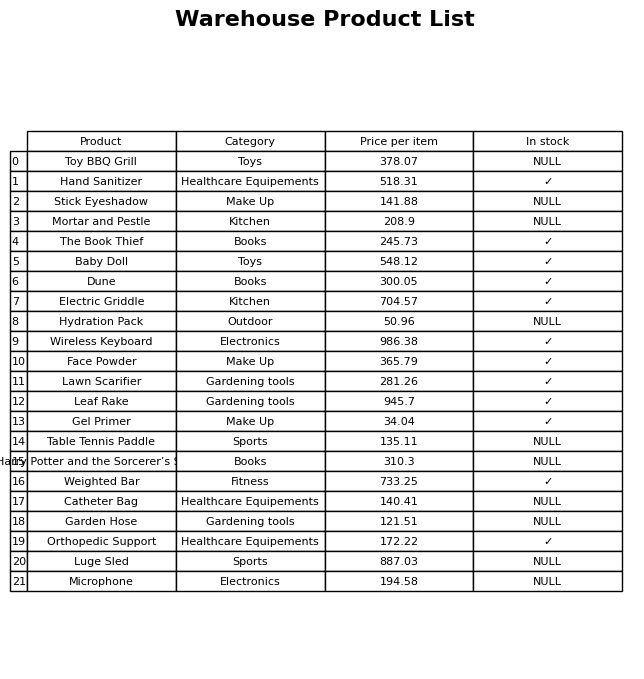
question: What is the price of the Garden Hose?
answer: The price of Garden Hose is 121.51.